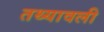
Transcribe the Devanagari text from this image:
तथ्यावली